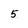
Character: 5